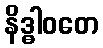
နိဒ္ဓါဝတေ